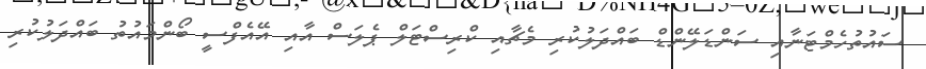
ސައުތުހެމްޓަނާއި ސަންޑަލޭންޑް ބައްދަލުކުރި މެޗާއި ކްރިސްޓަލް ޕެލަސް އާއި އޭއެފްސީ ބޯންމައުތު ބައްދަލުކުރި